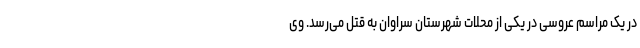
در یک مراسم عروسی در یکی از محلات شهرستان سراوان به قتل می‌رسد. وی